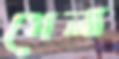
গেলা